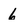
Character: 6